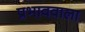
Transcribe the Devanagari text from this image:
प्रभाववाला